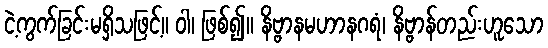
ငဲ့ကွက်ခြင်းမရှိသဖြင့်။ ဝါ၊ ဖြစ်၍။ နိဗ္ဗာနမဟာနဂရံ၊ နိဗ္ဗာန်တည်းဟူသော